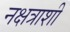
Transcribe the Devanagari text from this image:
नक्षत्राशी